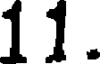
11.